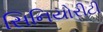
સિનિયોરીટી